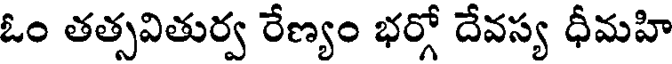
ఓం తత్సవితుర్వ రేణ్యం భర్గో దేవస్య ధీమహి